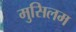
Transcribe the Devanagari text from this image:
मुसिलम